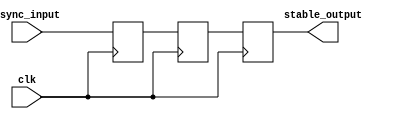
module meta_stability_filter (
    input wire clk,                // Clock signal
    input wire async_input,        // Asynchronous input signal
    output reg stable_output        // Stable output signal
);

    // Internal flip-flops
    reg ff1, ff2;                  // Two flip-flops

    always @(posedge clk) begin
        ff1 <= async_input;        // Sample asynchronous input
        ff2 <= ff1;                // Sample output of the first flip-flop
    end

    always @(posedge clk) begin
        stable_output <= ff2;       // Output stable signal from the second flip-flop
    end

endmodule